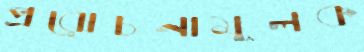
প্ররোচনামূলক